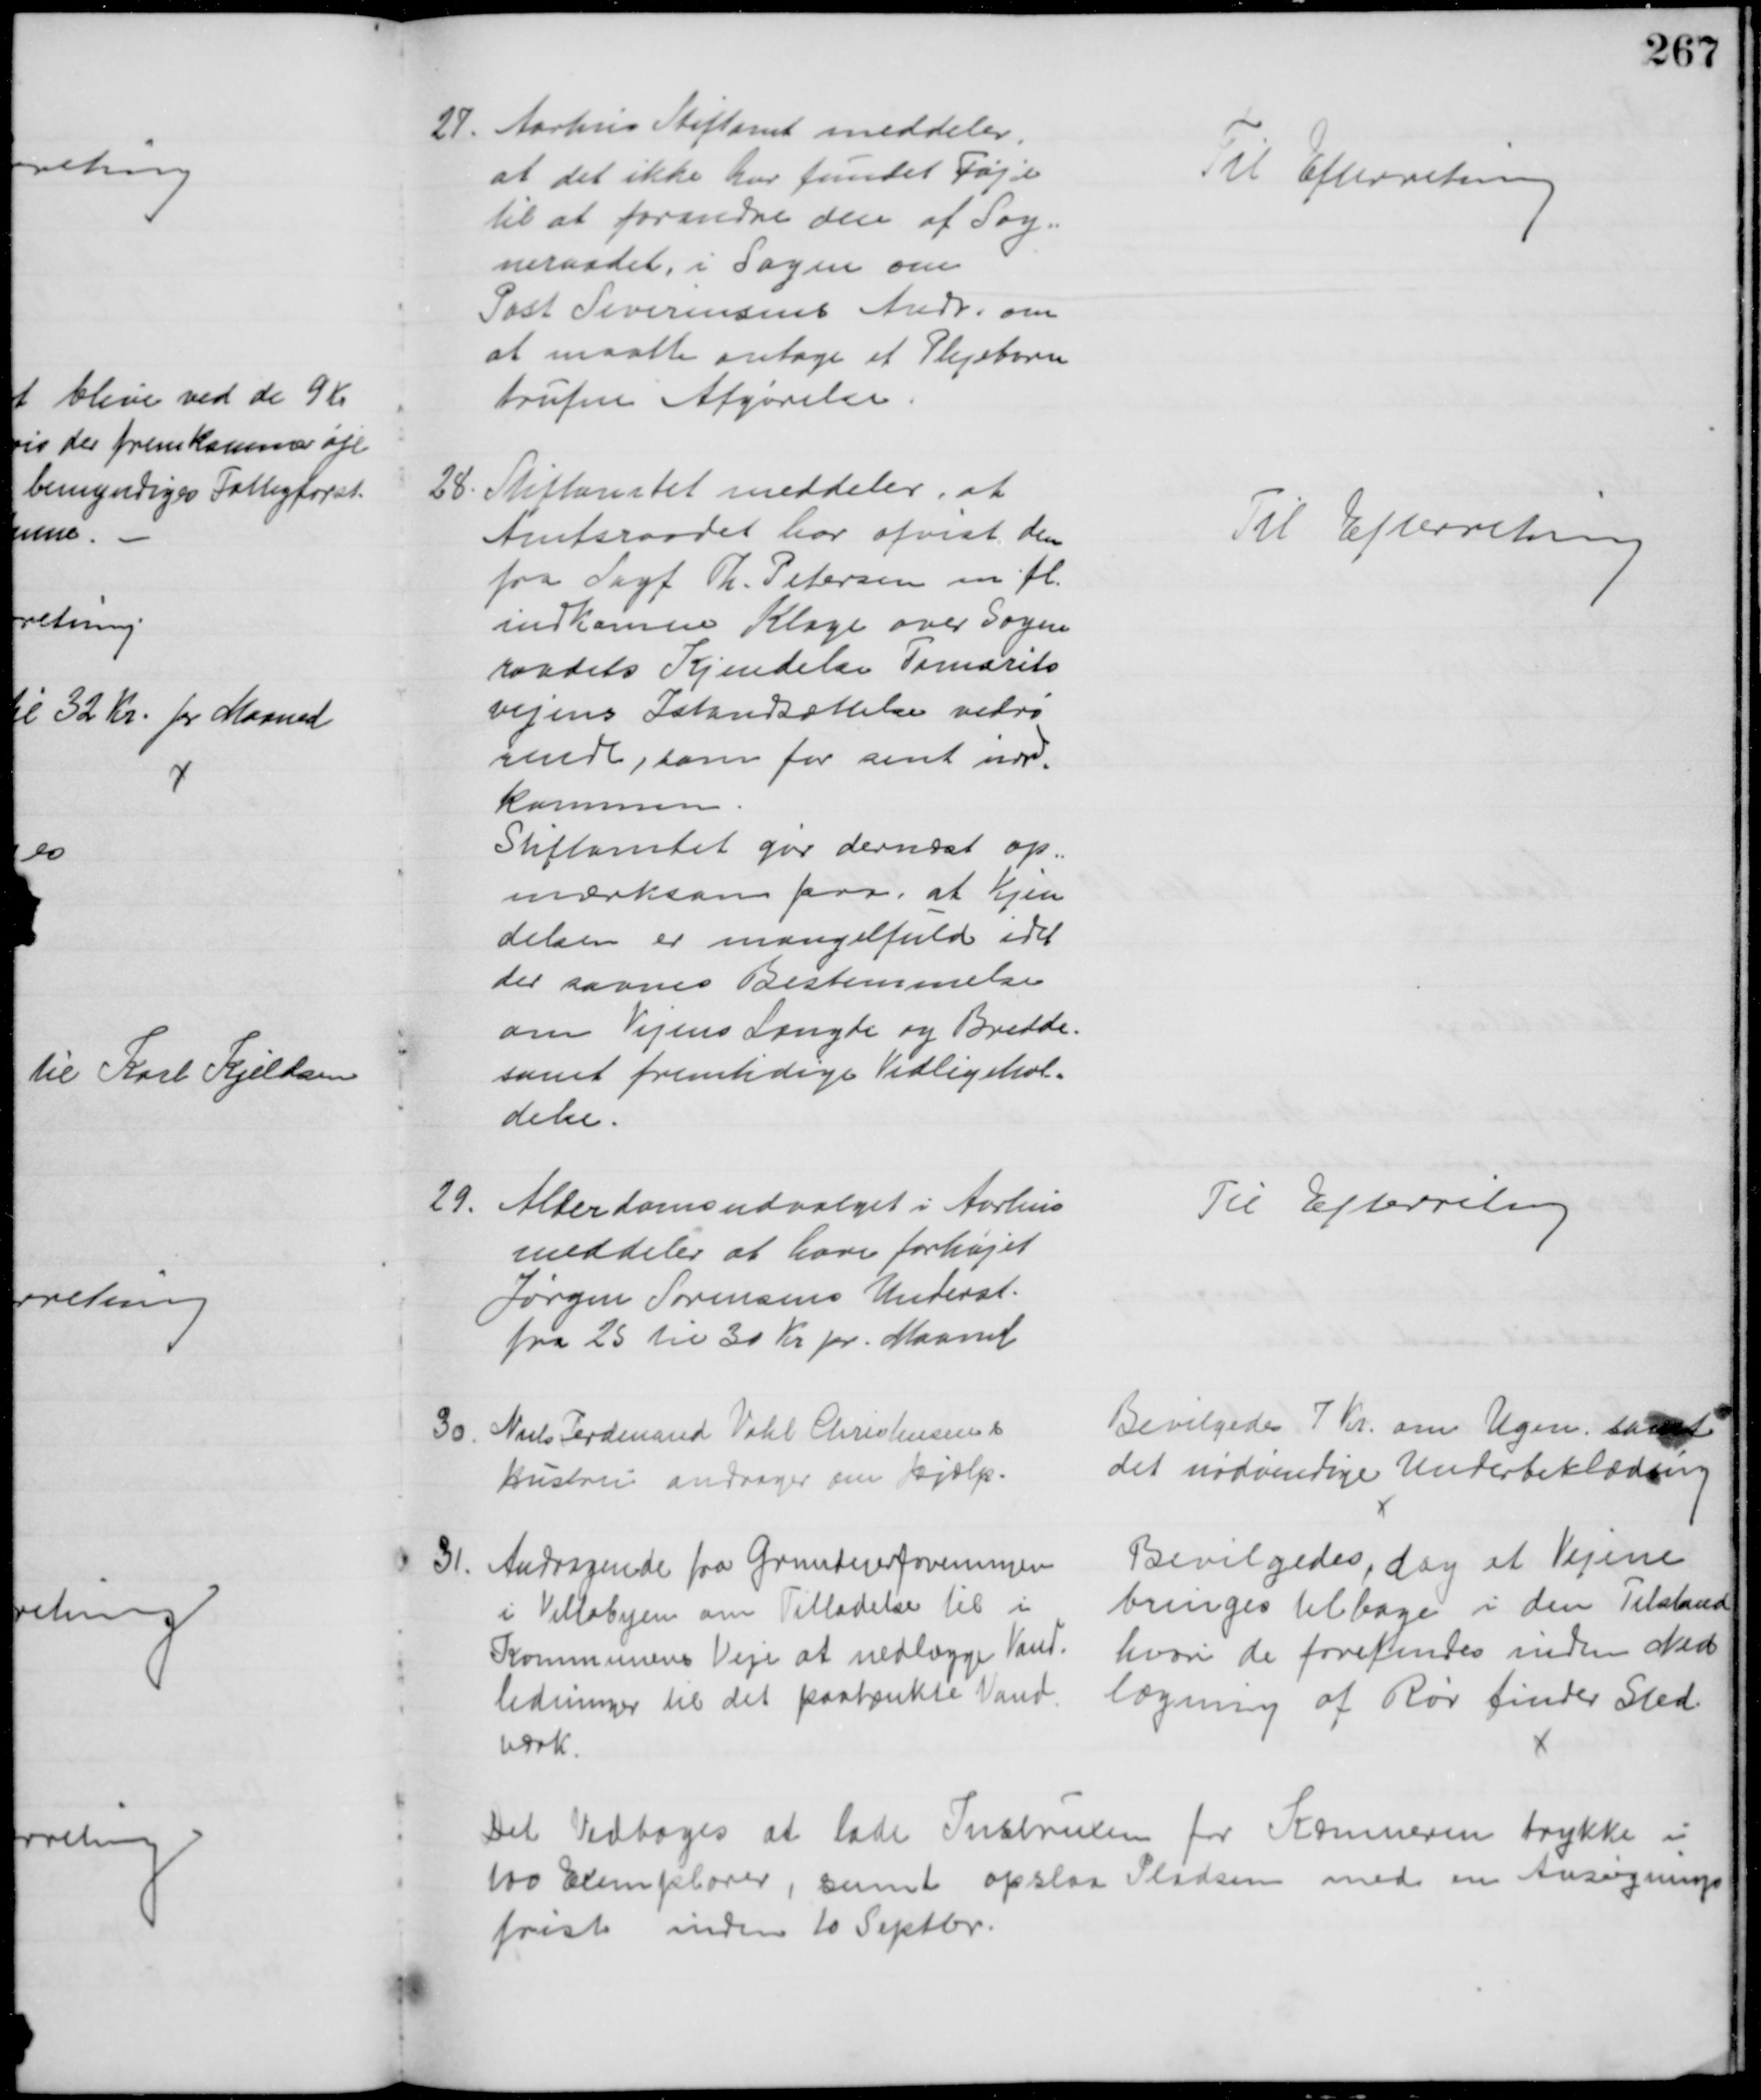
Transskription:
27. Aarhus Stiftamt meddeler,
at det ikke har fundet Føje
til at forandre den af Sog=
neraadet, i Sagen om
Post Severinsens Andr. om
at maatte antage et Plejebarn
trufne Afgørelse
Til Efterretning
28. Stiftamtet meddeler, at
Amtsraadet har afvist den 
fra Sagf Th. Petersen m. fl.
indkomne Klage over Sogne
raadets Kjendelse Tamarits
vejens Istandsættelse vedrø
rende, som for sent ind-
kommen
Stiftamtet gør dernæst op=
mærksom paa, at Kjen
delsen er mangelfuld idet
der savnes Bestemmelse
om Vejens Længde og Bredde
samt fremtidige Vedligehol-
delse.
Til Efterretning
29.
Alderdomsudvalget i Aarhus
meddeler at have forhøjet
Jørgen Sørensens Underst.
fra 25 til 30 Kr pr. Maaned
Til Efterretning
30.
Niels Ferdinand Vahl Christensens
Hustru andrager om Hjælp.
Bevilgedes 7 Kr. om Ugen samt
det nødvendige Underbeklædning
31. Andragende fra Grundejerforeningen
i Villabyen om Tilladelse til i
Kommunens Veje at nedlægge Vand-
ledninger til det paatænkte Vand-
værk.
Bevilgedes, dog at Vejene
bringes tilbage i den Tilstand
hvori de forefindes inden Ned
lægning af Rør finder Sted
Det vedtoges at lade Instruxen for Kæmneren trykke i
100 Exemplarer, samt opslaa Pladsen med en Ansøgnings
frist inden 10 Septbr.